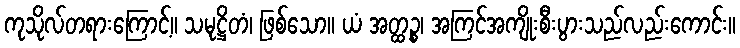
ကုသိုလ်တရားကြောင့်။ သမုဋ္ဌိတံ၊ ဖြစ်သော။ ယံ အတ္ထဉ္စ၊ အကြင်အကျိုးစီးပွားသည်လည်းကောင်း။